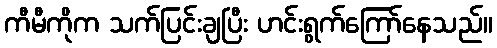
ကီမီကိုက သက်ပြင်းချပြီး ဟင်းရွက်ကြော်နေသည်။